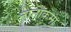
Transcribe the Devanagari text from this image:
नानाकुमा